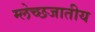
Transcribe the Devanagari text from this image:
म्लेच्छजातीय